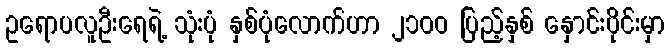
ဥရောပလူဦးရေရဲ့ သုံးပုံ နှစ်ပုံလောက်ဟာ ၂၁၀ဝ ပြည့်နှစ် နှောင်းပိုင်းမှာ